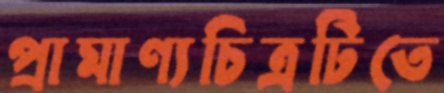
প্রামাণ্যচিত্রটিতে